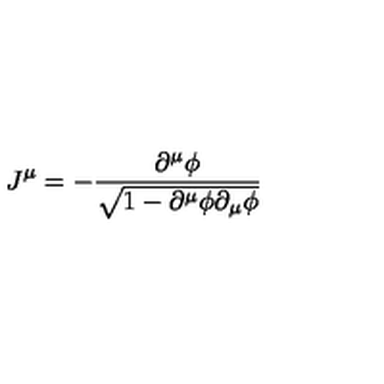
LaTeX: J ^ { \mu } = - \frac { \partial ^ { \mu } \phi } { \sqrt { 1 - \partial ^ { \mu } \phi \partial _ { \mu } \phi } }